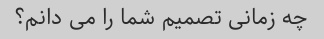
چه زمانی تصمیم شما را می دانم؟